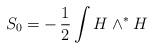
LaTeX: \begin{align*}S_0=-\,\frac{1}{2}\int H\wedge^\ast H\end{align*}